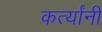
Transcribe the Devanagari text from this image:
कर्त्यांनी